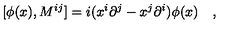
[ \phi ( x ) , M ^ { i j } ] = i ( x ^ { i } { \partial } ^ { j } - x ^ { j } { \partial } ^ { i } ) \phi ( x ) \quad ,